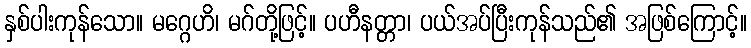
နှစ်ပါးကုန်သော။ မဂ္ဂေဟိ၊ မဂ်တို့ဖြင့်။ ပဟီနတ္တာ၊ ပယ်အပ်ပြီးကုန်သည်၏ အဖြစ်ကြောင့်။